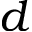
d